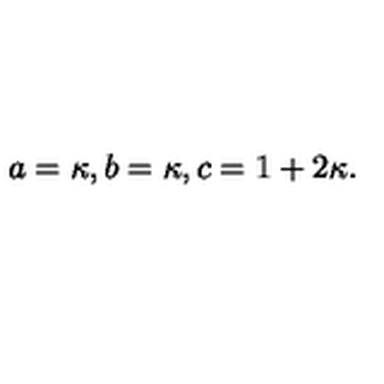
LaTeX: a = \kappa , b = \kappa , c = 1 + 2 \kappa .